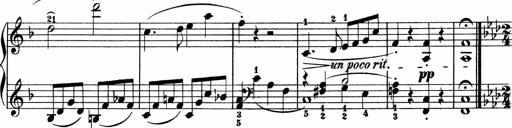
Title: 2 instructive Sonatinen
Composer: Paul Schumacher